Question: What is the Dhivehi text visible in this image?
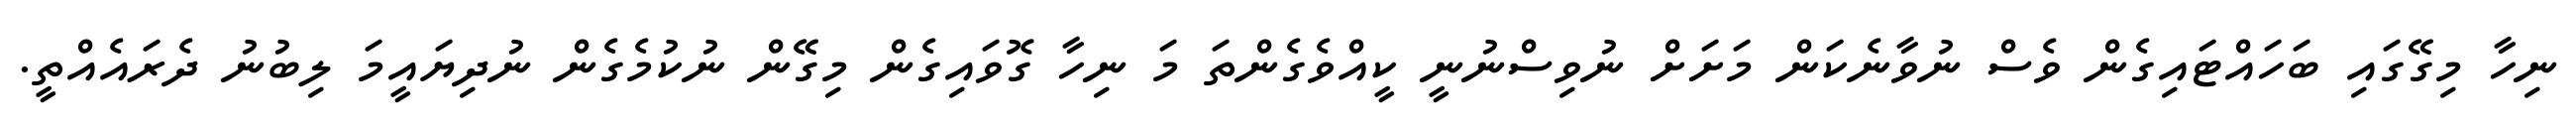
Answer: ނިހާ މިގޭގައި ބަހައްޓައިގެން ވެސް ނުވާނެކަން މަށަށް ނުވިސްނުނީ ކީއްވެގެންތަ މަ ނިހާ ގޮވައިގެން މިގޭން ނުކުމެގެން ނުދިޔައީމަ ލިބުނު ދެރައެއްތީ.